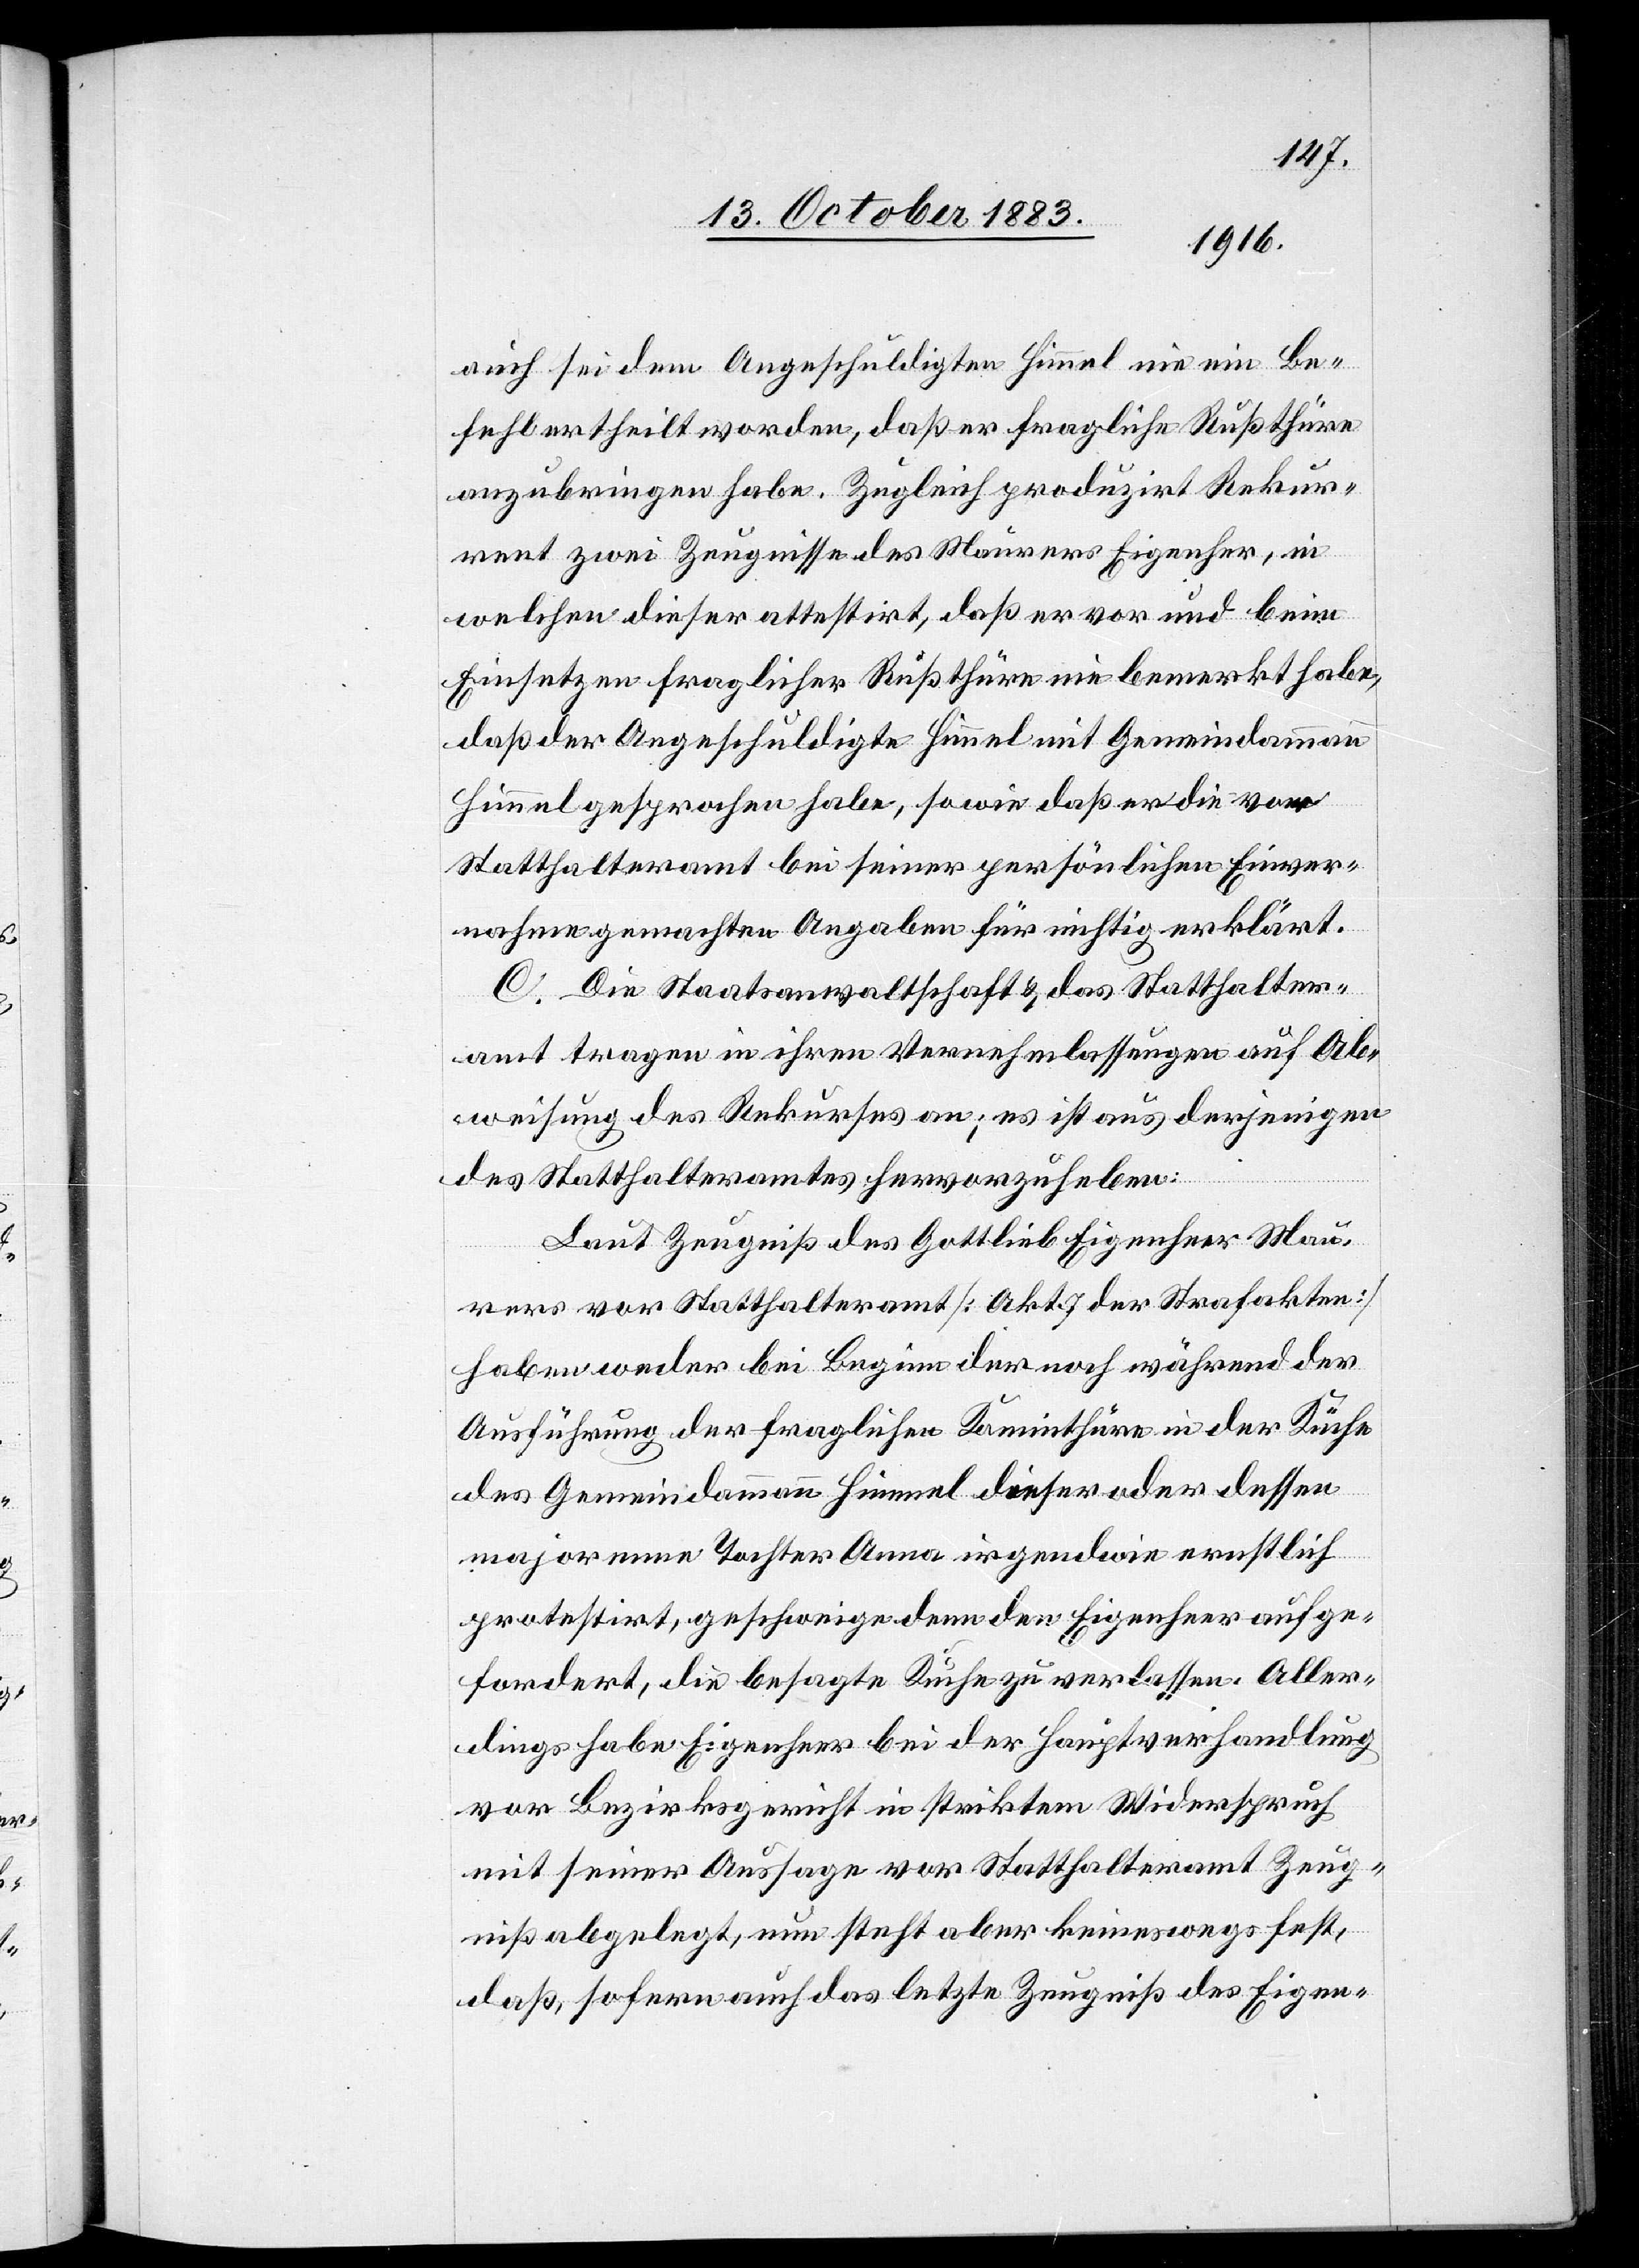
auch sei dem Angeschuldigten Himmel nie ein Be¬
fehl ertheilt worden, daß er fragliche Rußthüre
anzubringen habe. zugleich produzirt Rekur¬
rent zwei Zeugnisse des Maurers Eigenher, in
welchen dieser attestirt, daß er vor und beim
Einsetzen fraglicher Rußthüre nie bemerkt habe,
daß der Angeschuldigte Himmel mit Gemeindammann
Himmel gesprochen habe, sowie daß er die vor
Statthalteramt bei seiner persönlichen Einver¬
nahme gemachten Angaben für nichtig erklärt.
C. Die Staatsanwaltschaft & das Statthalter¬
amt tragen in ihren Vernehmlassungen auf Ab¬
weisung des Rekurses an; es ist aus derjenigen
des Statthalteramtes hervorzuheben:
Laut Zeugniß des Gottlieb Eigenheer [si¬
rers vor Statthalteramt [Akt. 7 der Strafakten]
haben weder bei Beginn der noch während der
Ausführung der fraglichen Kaminthüre in der Küche
des Gemeindammann Himmel dieser oder dessen
majorenne Tochter Anna irgendwie ernstlich
protestirt, geschweige denn den Eigenheer aufge¬
fordert, die besagte Küche zu verlassen. Aller¬
dings habe Eigenheer bei der Hauptverwaltung
vor Bezirksgericht in striktem Widerspruch
mit seiner Aussage vor Statthalteramt Zeug¬
niß abgelegt, nun steht aber keineswegs fest,
daß, sofern auch das letzte Zeugniß des Eigen-

Mau¬